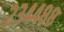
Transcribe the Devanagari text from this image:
२३४४८८